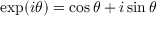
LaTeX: \exp ( i \theta ) = \cos \theta + i \sin \theta